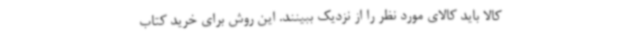
کالا باید کالای مورد نظر را از نزدیک ببینند. این روش برای خرید کتاب